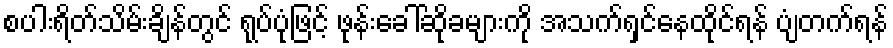
စပါးရိတ်သိမ်းချိန်တွင် ရုပ်ပုံဖြင့် ဖုန်းခေါ်ဆိုခများကို အသက်ရှင်နေထိုင်ရန် ပျံတက်ရန်